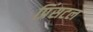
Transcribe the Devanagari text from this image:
प्रिंसटल